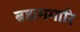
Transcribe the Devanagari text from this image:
ब्रह्ममगारि